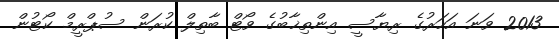
2013 ވަނަ އަހަރުގެ ރިޔާސީ އިންތިޚާބުގެ ވޯޓް ބާތިލް ކުރަން ސުޕްރީމް ކޯޓުން